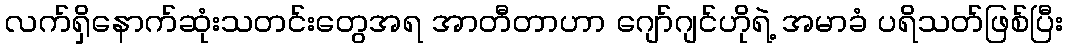
လက်ရှိနောက်ဆုံးသတင်းတွေအရ အာတီတာဟာ ဂျော်ဂျင်ဟိုရဲ့ အမာခံ ပရိသတ်ဖြစ်ပြီး